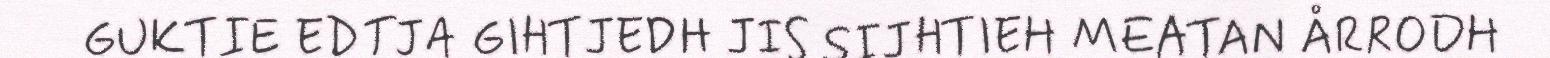
GUKTIE EDTJA GIHTJEDH JIS SIJHTIEH MEATAN ÅRRODH